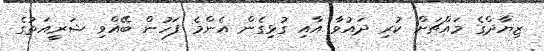
ޒިޔާދްގެ މައްޗަށް ކުރި ދައުވާ އާއި ގުޅިގެން އެންމެ ފަހުން ބޭއްވި ޝަރީއަތުގެ